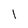
Character: l